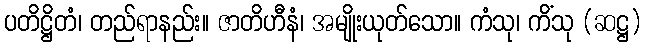
ပတိဋ္ဌိတံ၊ တည်ရာနည်း။ ဇာတိဟီနံ၊ အမျိုးယုတ်သော။ ကံသု၊ ကိံသု (ဆဋ္ဌ)